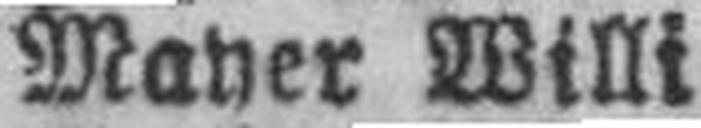
Mayer Willi